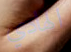
الهادي